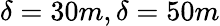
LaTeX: \delta=30m,\delta=50m